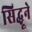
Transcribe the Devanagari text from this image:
सिद्धूने